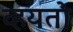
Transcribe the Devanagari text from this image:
व्हयतो